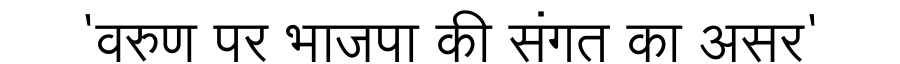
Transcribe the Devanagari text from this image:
'वरुण पर भाजपा की संगत का असर'